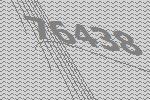
76438